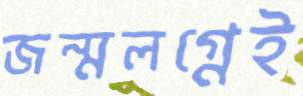
জন্মলগ্নেই